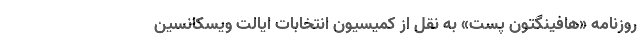
روزنامه «هافینگتون پست» به نقل از کمیسیون انتخابات ایالت ویسکانسین